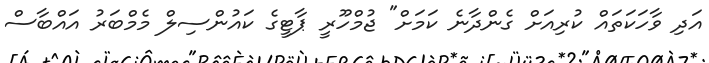
އަދި ވާހަކަތައް ކުރިއަށް ގެންދާނެ ކަމަށް" ޖުމްހޫރީ ޕާޓީގެ ކައުންސިލް މެމްބަރު އައްބާސް